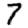
Digit: 7